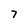
Character: 7